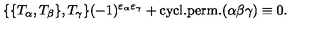
\{ \{ T _ { \alpha } , T _ { \beta } \} , T _ { \gamma } \} ( - 1 ) ^ { \varepsilon _ { \alpha } \varepsilon _ { \gamma } } + \mathrm { c y c l . p e r m . } ( \alpha \beta \gamma ) \equiv 0 .